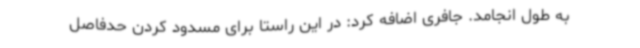
به طول انجامد. جافری اضافه کرد: در این راستا برای مسدود کردن حدفاصل